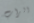
الراب